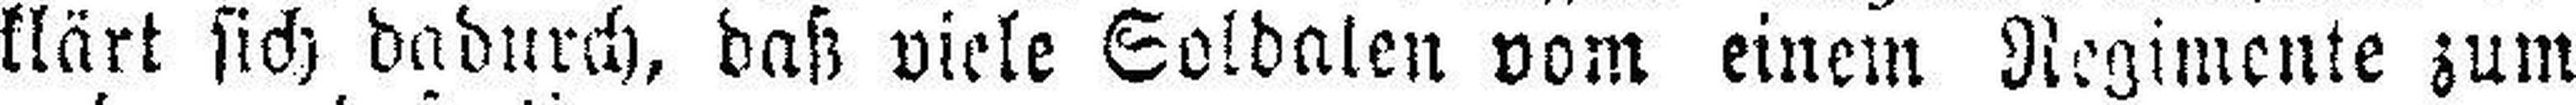
klärt sich dadurch, daß viele Soldalen vom einem Regimente zum